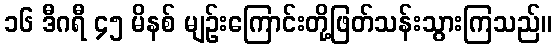
၁၆ ဒီဂရီ ၄၅ မိနစ် မျဉ်းကြောင်းတို့ဖြတ်သန်းသွားကြသည်။